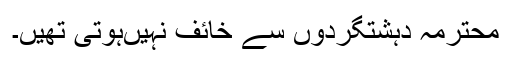
محترمہ دہشتگردوں سے خائف نہیںہوتی تھیں۔